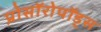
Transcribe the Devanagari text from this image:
प्रोसॉरोपॉड्स